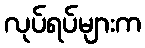
လုပ်ရပ်များက